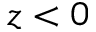
\relax z < 0